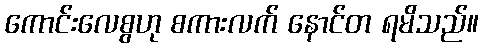
ကောင်းလေစွဟု စကားလက် နောင်တ ရမိသည်။